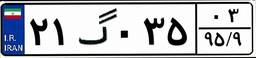
۲۱گ۰۳۵۰۳